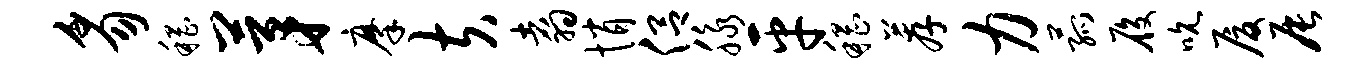
豸稽茅摩夫翥悄侣脉平稽荐力菰履吮厦辰